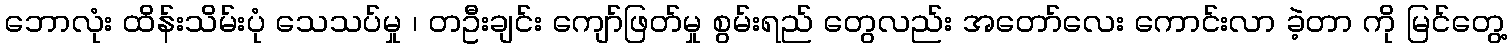
ဘောလုံး ထိန်းသိမ်းပုံ သေသပ်မှု ၊ တဦးချင်း ကျော်ဖြတ်မှု စွမ်းရည် တွေလည်း အတော်လေး ကောင်းလာ ခဲ့တာ ကို မြင်တွေ့